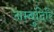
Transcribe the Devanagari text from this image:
नम्बुदिरि